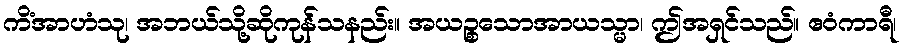
ကိံအာဟံသု၊ အဘယ်သို့ဆိုကုန်သနည်း။ အယဉ္စသောအာယသ္မာ၊ ဤအရှင်သည်။ ဧဝံကာရီ၊